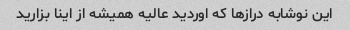
این نوشابه دراز‌ها که اوردید عالیه همیشه از اینا بزارید